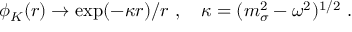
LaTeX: \phi _ { K } ( r ) \to \exp ( - \kappa r ) / r \ , \quad \kappa = ( m _ { \sigma } ^ { 2 } - \omega ^ { 2 } ) ^ { 1 / 2 } \ .